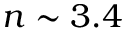
n \sim 3 . 4